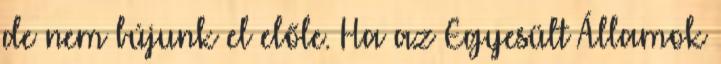
de nem bújunk el előle. Ha az Egyesült Államok